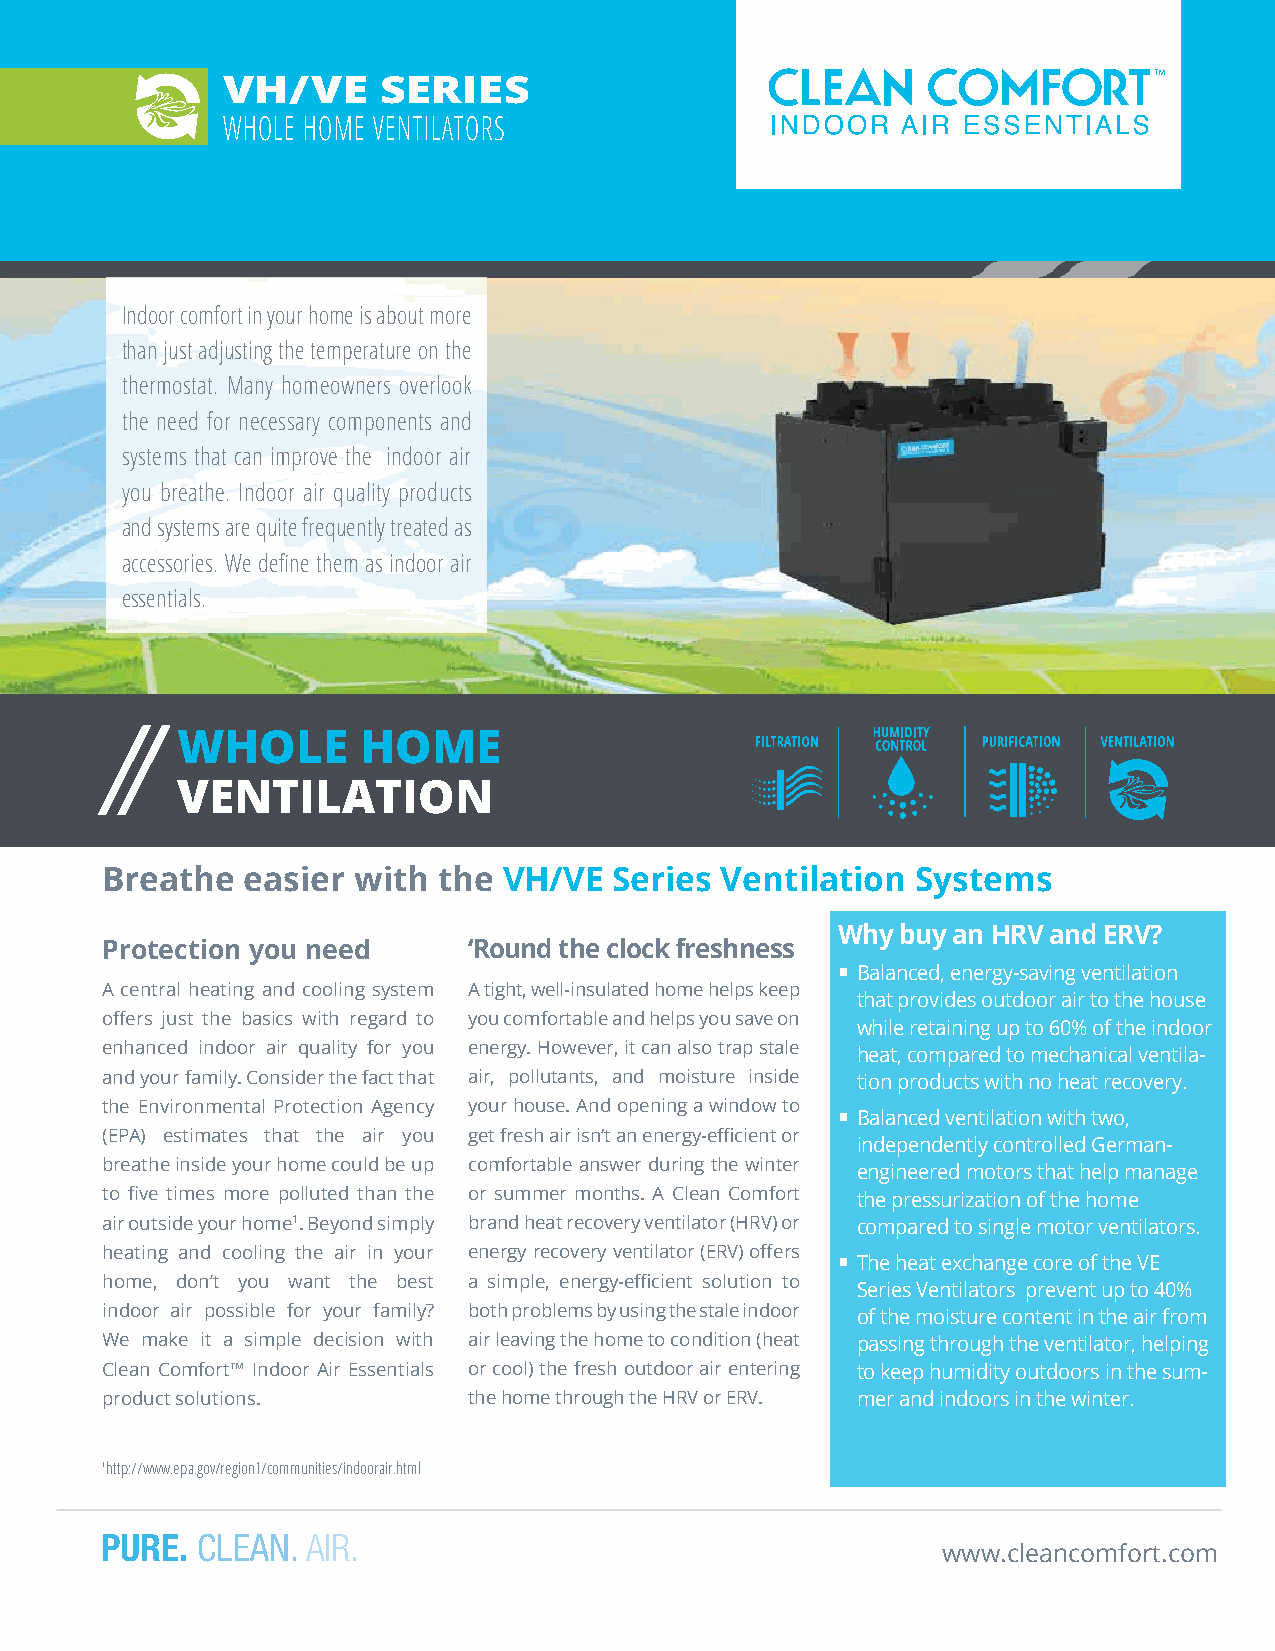
VH/VE     SERIES
 WHOLE HOME VENTILATORS
 Indoor comfort in your home is about more
 than just adjusting the temperature on the
 thermostat. Many homeowners overlook
 the need for necessary components and
 systems that can improve the indoor air
 you breathe. Indoor air quality products
 and systems are quite frequently treated as
 accessories. We define them as indoor air
 essentials.
 WHOLE       HOME
 VENTILATION
 Breathe  easier with  the VH/VE   Series Ventilation  Systems
 Why  buy an HRV and ERV?
 Protection you need     ‘Round the clock freshness
  Balanced, energy-saving ventilation
 A central heating and cooling system A tight, well-insulated home helps keep
 that provides outdoor air to the house
 offers just the basics with regard to you comfortable and helps you save on
 while retaining up to 60% of the indoor
 enhanced indoor air quality for you energy. However, it can also trap stale heat, compared to mechanical ventila-
 and your family. Consider the fact that air, pollutants, and moisture inside tion products with no heat recovery.
 the Environmental Protection Agency your house. And opening a window to
  Balanced ventilation with two,
 (EPA) estimates that the air you get fresh air isn‘t an energy-efficient or
 independently controlled German-
 breathe inside your home could be up comfortable answer during the winter
 engineered motors that help manage
 to five times more polluted than the or summer months. A Clean Comfort the pressurization of the home
 air outside your home1. Beyond simply brand heat recovery ventilator (HRV) or compared to single motor ventilators.
 heating and cooling the air in your energy recovery ventilator (ERV) offers
  The heat exchange core of the VE
 home, don’t you want the best a simple, energy-efficient solution to
 Series Ventilators prevent up to 40%
 indoor air possible for your family? both problems by using the stale indoor of the moisture content in the air from
 We make it a simple decision with air leaving the home to condition (heat passing through the ventilator, helping
 Clean Comfort™ Indoor Air Essentials or cool) the fresh outdoor air entering to keep humidity outdoors in the sum-
 product solutions.      the home through the HRV or ERV. mer and indoors in the winter.
 1http://www.epa.gov/region1/communities/indoorair.html
 PURE. CLEAN. AIR.
 www.cleancomfort.com